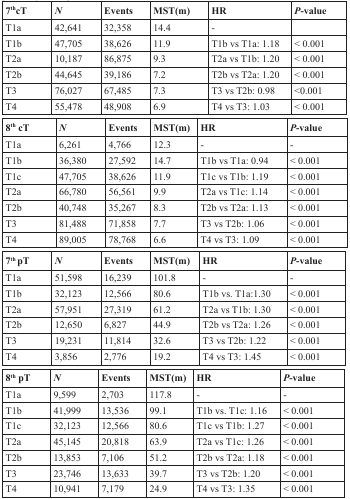
<table><thead><tr><td><b>7<sup>th</sup>cT</b></td><td><b><i>N</i></b></td><td><b>Events</b></td><td><b>MST(m)</b></td><td><b>HR</b></td><td><b><i>P</i>-value</b></td></tr></thead><tbody><tr><td>T1a</td><td>42,641</td><td>32,358</td><td>14.4</td><td>-</td><td></td></tr><tr><td>T1b</td><td>47,705</td><td>38,626</td><td>11.9</td><td>T1b vs T1a: 1.18</td><td>&lt; 0.001</td></tr><tr><td>T2a</td><td>10,187</td><td>86,875</td><td>9.3</td><td>T2a vs T1b: 1.20</td><td>&lt; 0.001</td></tr><tr><td>T2b</td><td>44,645</td><td>39,186</td><td>7.2</td><td>T2b vs T2a: 1.20</td><td>&lt; 0.001</td></tr><tr><td>T3</td><td>76,027</td><td>67,485</td><td>7.3</td><td>T3 vs T2b: 0.98</td><td>&lt;0.001</td></tr><tr><td>T4</td><td>55,478</td><td>48,908</td><td>6.9</td><td>T4 vs T3: 1.03</td><td>&lt; 0.001</td></tr><tr><td><b>8</b><sup>th</sup><b>cT</b></td><td><b><i>N</i></b></td><td><b>Events</b></td><td><b>MST(m)</b></td><td><b>HR</b></td><td><b><i>P</i></b><b>-value</b></td></tr><tr><td>T1a</td><td>6,261</td><td>4,766</td><td>12.3</td><td>-</td><td>-</td></tr><tr><td>T1b</td><td>36,380</td><td>27,592</td><td>14.7</td><td>T1b vs T1a: 0.94</td><td>&lt; 0.001</td></tr><tr><td>T1c</td><td>47,705</td><td>38,626</td><td>11.9</td><td>T1c vs T1b: 1.19</td><td>&lt; 0.001</td></tr><tr><td>T2a</td><td>66,780</td><td>56,561</td><td>9.9</td><td>T2a vs T1c: 1.14</td><td>&lt; 0.001</td></tr><tr><td>T2b</td><td>40,748</td><td>35,267</td><td>8.3</td><td>T2b vs T2a: 1.13</td><td>&lt; 0.001</td></tr><tr><td>T3</td><td>81,488</td><td>71,858</td><td>7.7</td><td>T3 vs T2b: 1.06</td><td>&lt; 0.001</td></tr><tr><td>T4</td><td>89,005</td><td>78,768</td><td>6.6</td><td>T4 vs T3: 1.09</td><td>&lt; 0.001</td></tr><tr><td><b>7</b><sup>th</sup><b>pT</b></td><td><b><i>N</i></b></td><td><b>Events</b></td><td><b>MST(m)</b></td><td><b>HR</b></td><td><b><i>P</i></b><b>-value</b></td></tr><tr><td>T1a</td><td>51,598</td><td>16,239</td><td>101.8</td><td>-</td><td>-</td></tr><tr><td>T1b</td><td>32,123</td><td>12,566</td><td>80.6</td><td>T1b vs. T1a:1.30</td><td>&lt; 0.001</td></tr><tr><td>T2a</td><td>57,951</td><td>27,319</td><td>61.2</td><td>T2a vs T1b: 1.30</td><td>&lt; 0.001</td></tr><tr><td>T2b</td><td>12,650</td><td>6,827</td><td>44.9</td><td>T2b vs T2a: 1.26</td><td>&lt; 0.001</td></tr><tr><td>T3</td><td>19,231</td><td>11,814</td><td>32.6</td><td>T3 vs T2b: 1.22</td><td>&lt; 0.001</td></tr><tr><td>T4</td><td>3,856</td><td>2,776</td><td>19.2</td><td>T4 vs T3: 1.45</td><td>&lt; 0.001</td></tr><tr><td><b>8</b><sup>th</sup><b>pT</b></td><td><b><i>N</i></b></td><td><b>Events</b></td><td><b>MST(m)</b></td><td><b>HR</b></td><td><b><i>P</i></b><b>-value</b></td></tr><tr><td>T1a</td><td>9,599</td><td>2,703</td><td>117.8</td><td>-</td><td>-</td></tr><tr><td>T1b</td><td>41,999</td><td>13,536</td><td>99.1</td><td>T1b vs. T1c: 1.16</td><td>&lt; 0.001</td></tr><tr><td>T1c</td><td>32,123</td><td>12,566</td><td>80.6</td><td>T1c vs T1b: 1.27</td><td>&lt; 0.001</td></tr><tr><td>T2a</td><td>45,145</td><td>20,818</td><td>63.9</td><td>T2a vs T1c: 1.26</td><td>&lt; 0.001</td></tr><tr><td>T2b</td><td>13,853</td><td>7,106</td><td>51.2</td><td>T2b vs T2a: 1.18</td><td>&lt; 0.001</td></tr><tr><td>T3</td><td>23,746</td><td>13,633</td><td>39.7</td><td>T3 vs T2b: 1.20</td><td>&lt; 0.001</td></tr><tr><td>T4</td><td>10,941</td><td>7,179</td><td>24.9</td><td>T4 vs T3: 1.35</td><td>&lt; 0.001</td></tr></tbody></table>